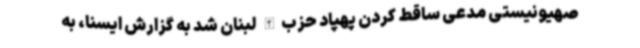
صهیونیستی مدعی ساقط کردن پهپاد حزب‌الله لبنان شد به گزارش ایسنا، به